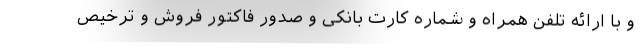
و با ارائه تلفن همراه و شماره کارت بانکی و صدور فاکتور فروش و ترخیص